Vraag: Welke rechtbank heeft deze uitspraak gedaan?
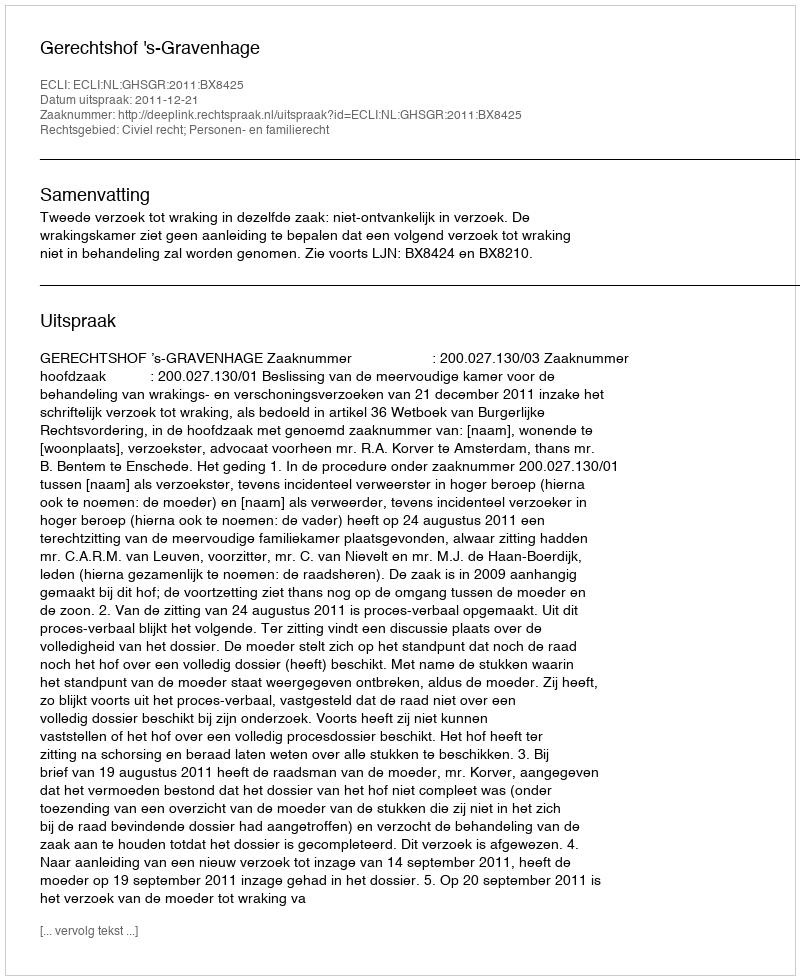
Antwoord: Gerechtshof 's-Gravenhage